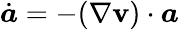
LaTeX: \dot{\boldsymbol{a}}=-(\nabla\mathbf{v})\cdot\boldsymbol{a}